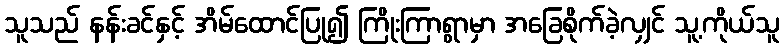
သူသည် နန်းခင်နှင့် အိမ်ထောင်ပြု၍ ကြိုးကြာရွာမှာ အခြေစိုက်ခဲ့လျှင် သူ့ကိုယ်သူ